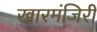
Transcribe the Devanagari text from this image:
खारमंजिरी